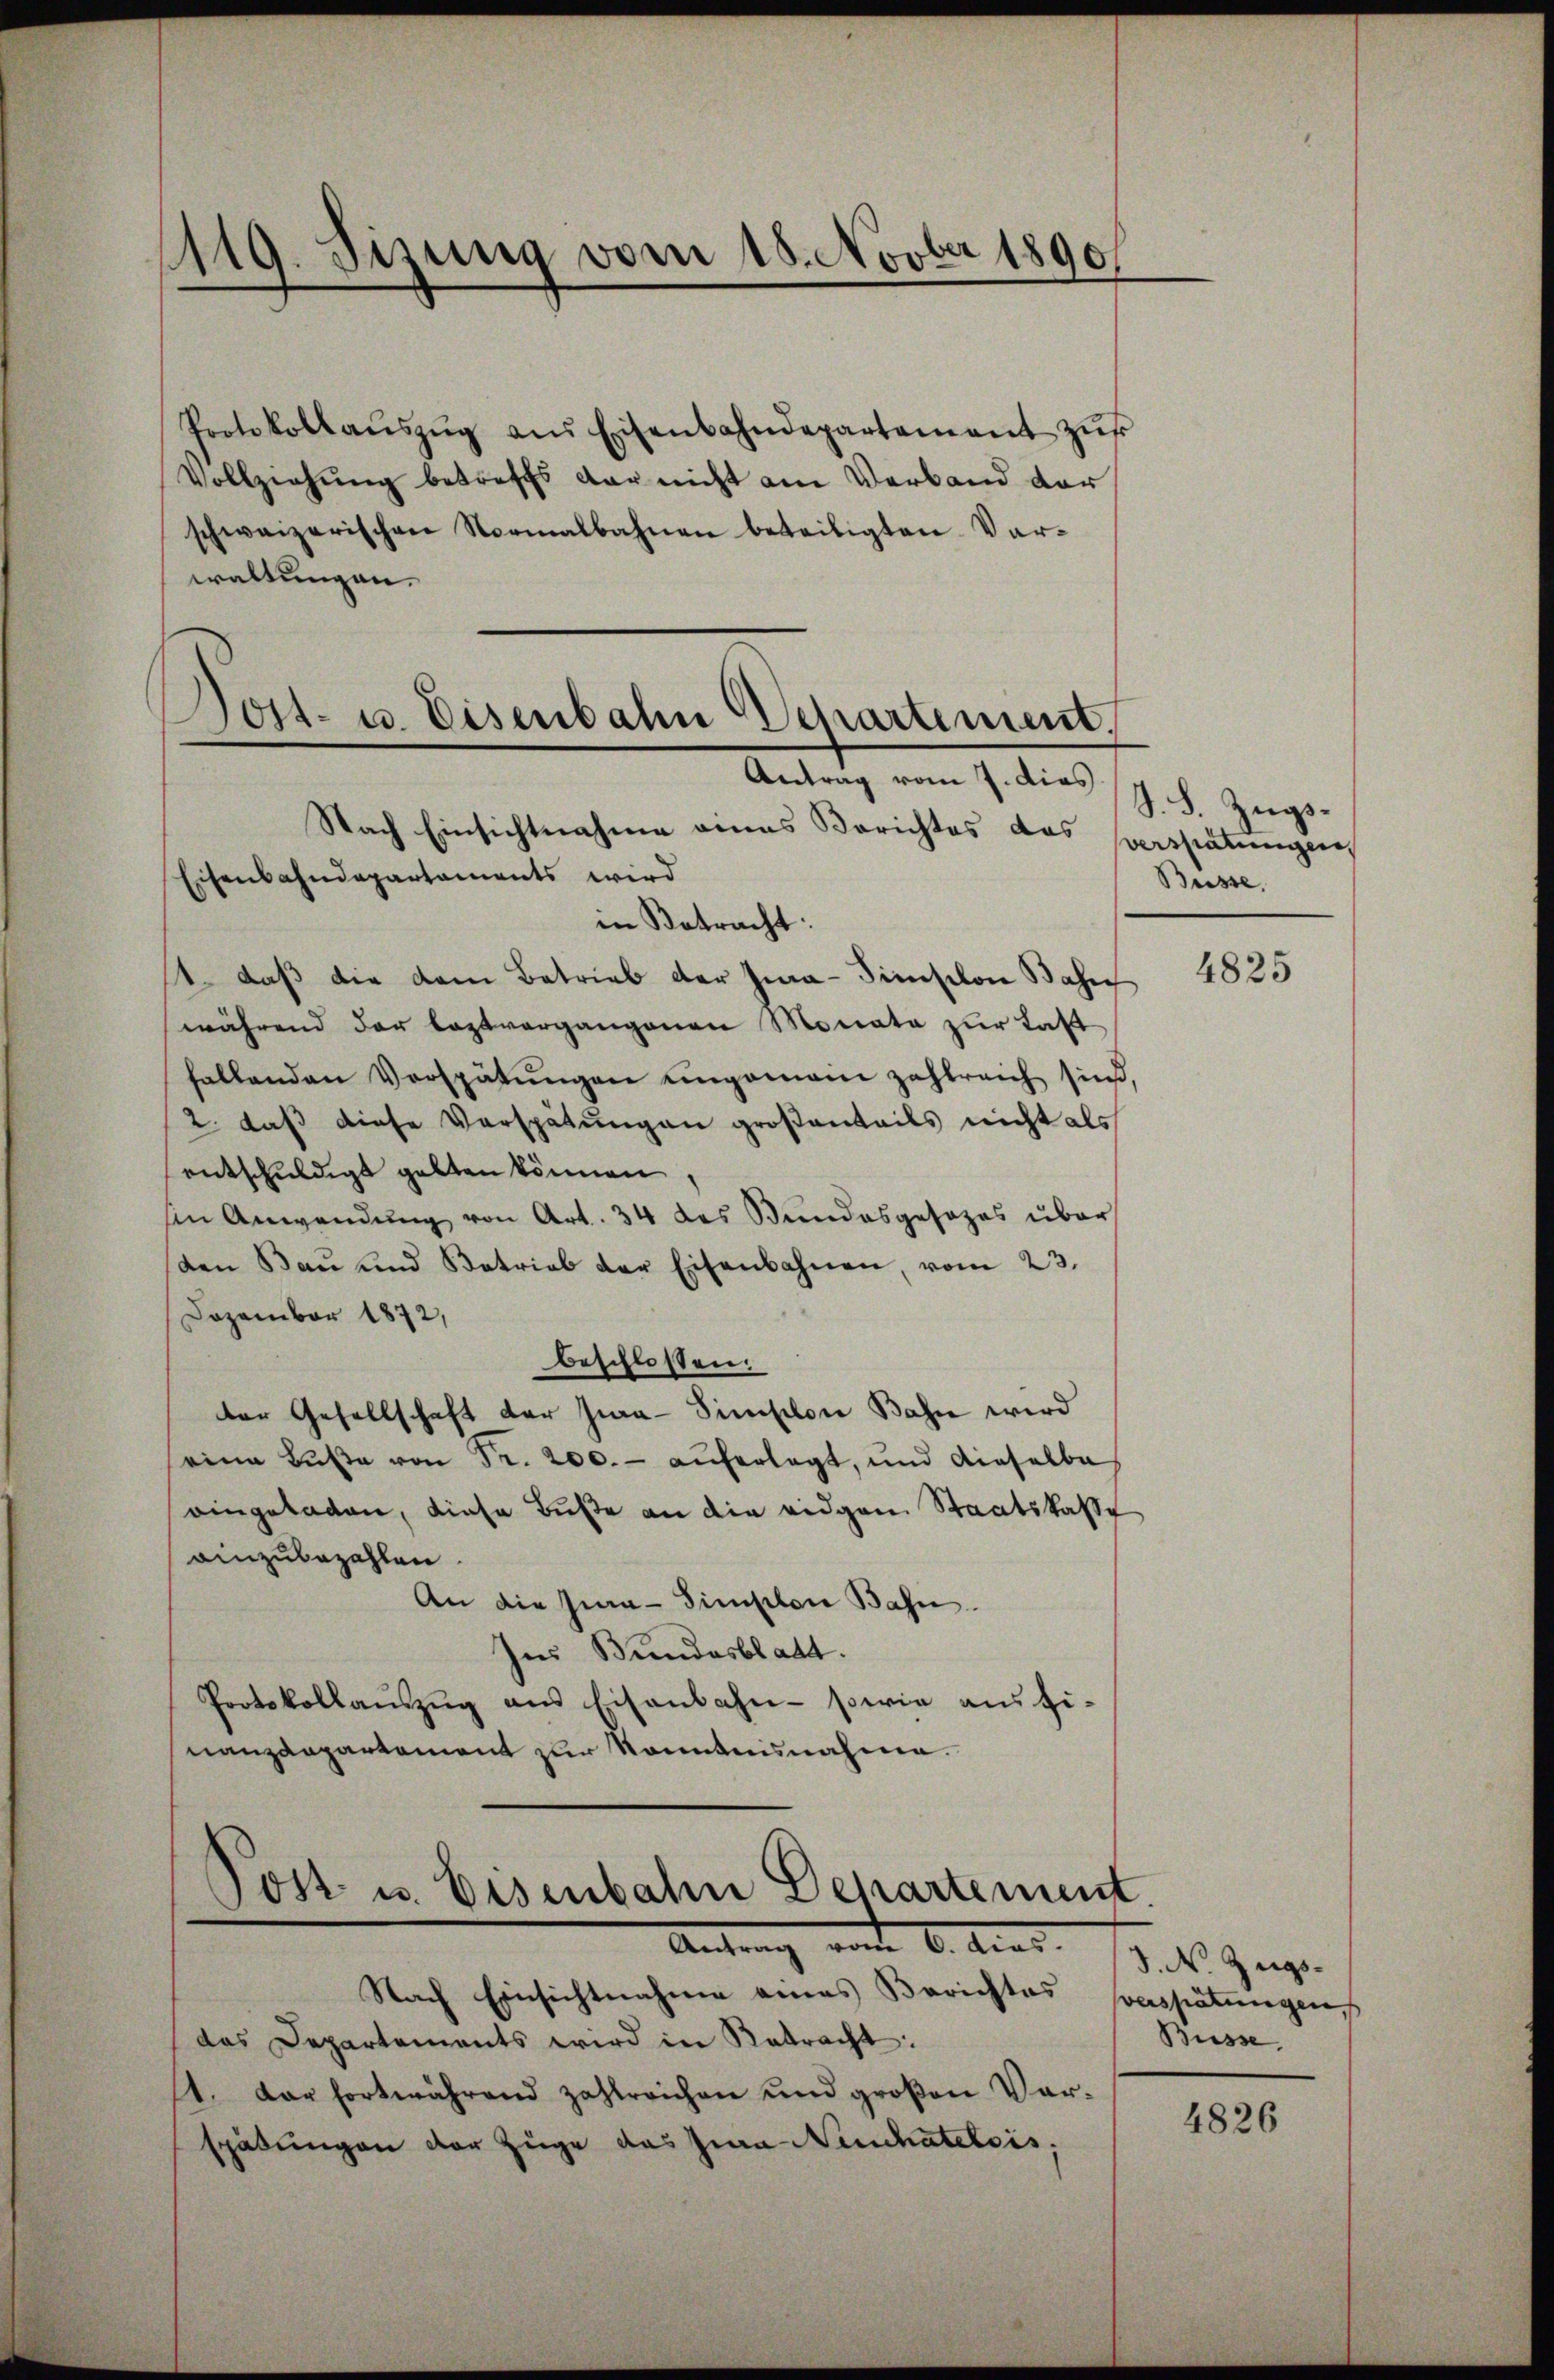
1119. Sizung vom 18. Novber 1890

Protokollaŭszŭg aŭs Eisenbahndepartement zŭr
Vollziehŭng betreffs dar nicht am Verband der
schweizerischen Normalbahnen beteiligten Var-
waltungen.

Dost- u. Eisenbahn Departement
Antrag vom 7. dies
Nach Einsichtnahme eines Berichtes das Verspätungen
Eisenbahndepartaments wird

in Betracht:
1. daß die dem Betrieb der Jia-Simischon Base
während der leztvergangenen Monata zur Last
fallenden Verspätŭngen engemani zahlreich sind
2. daβ diese Verspätungen großanteils nicht als
entschuldigt gelten können,
sin Anwendung von Art. 34 das Bundesgesezes über
den Bau und Betrieb der Eisenbahnen, vom 23.
Dezember 1872,
beschlossen:
der Gesellschaft der Jwa-Simselon Bahn wird
eine Bŭβe von Fr. 200.- aŭferlegt, und dieselbe
eingeladen, diese Buße an die eidgen Staatskasse
einzubezahlen.
An die Ina-Simplon Bahn.
Ins Bundesblatt.
Protokollaŭszŭg ans Eisenbahn- sowie ausfi-
nanzdepartement zur Kenntnisnahme.

Post u. Eisenbahn Departement
Antrag vom 6. Juni

Nach Einsichtnahme eines Berichtes
das Departements wird in Retracht:
1. dar fortwährend zahlreichen und groβen Ver-
spätungen der Zuge das Jura Neuchateleis

S. S. Zugs¬
Büsse.

4825

S. N. Zugsverspätungen,
Büsse.

4826